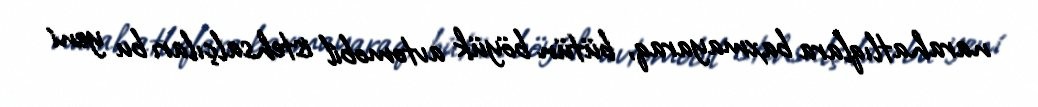
narahatlıqlara baxmayaraq, bütün böyük avtomobil istehsalçıları bu yeni